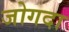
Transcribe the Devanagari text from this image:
जोगदा